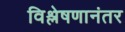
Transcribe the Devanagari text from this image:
विश्लेषणानंतर